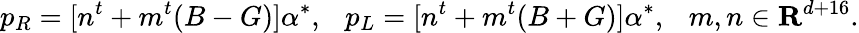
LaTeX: p_{R}=[n^{t}+m^{t}(B-G)]{\alpha}^{*},\ \ \ p_{L}=[n^{t}+m^{t}(B+G)]{\alpha}^{*},\ \ \ m,n\in{\mathbf R}^{d+16}.